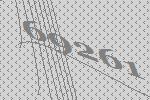
69261